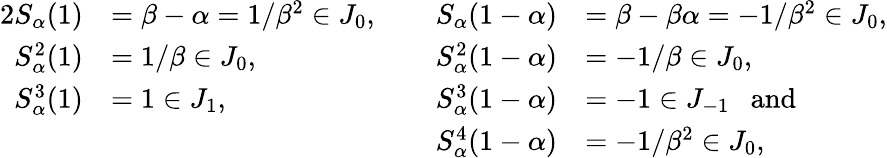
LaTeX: \begin{array}{rlrl}{{2}S_{\alpha}(1)}&{=\beta-\alpha=1/\beta^{2}\in J_{0},\ \ \ \ }&{S_{\alpha}(1-\alpha)}&{=\beta-\beta\alpha=-1/\beta^{2}\in J_{0},}\\ {S_{\alpha}^{2}(1)}&{=1/\beta\in J_{0},}&{S_{\alpha}^{2}(1-\alpha)}&{=-1/\beta\in J_{0},}\\ {S_{\alpha}^{3}(1)}&{=1\in J_{1},\ \ \ \ }&{S_{\alpha}^{3}(1-\alpha)}&{=-1\in J_{-1}\ \ \ \mathrm{and}}\\ &{}&{S_{\alpha}^{4}(1-\alpha)}&{=-1/\beta^{2}\in J_{0},}\end{array}